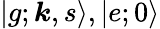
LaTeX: |g;{\boldsymbol{k}},s\rangle,|e;0\rangle